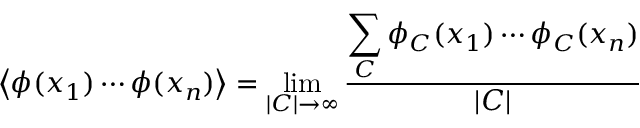
\left\langle \phi ( x _ { 1 } ) \cdots \phi ( x _ { n } ) \right\rangle = \operatorname* { l i m } _ { | C | \rightarrow \infty } { \frac { \displaystyle \sum _ { C } \phi _ { C } ( x _ { 1 } ) \cdots \phi _ { C } ( x _ { n } ) } { | C | } }